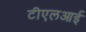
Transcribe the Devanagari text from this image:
टीएलआई